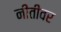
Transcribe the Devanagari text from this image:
नीतीवर